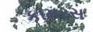
કામરસ